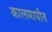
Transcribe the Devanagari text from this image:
कालमापीत